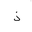
Letter: _thal